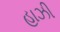
હાઝી